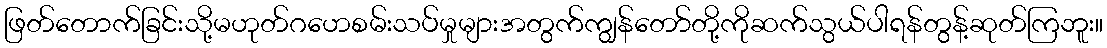
ဖြတ်တောက်ခြင်းသို့မဟုတ်ဂဟေစမ်းသပ်မှုများအတွက်ကျွန်တော်တို့ကိုဆက်သွယ်ပါရန်တွန့်ဆုတ်ကြဘူး။